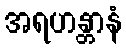
အရဟန္တာနံ